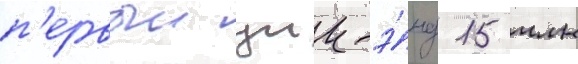
п'ервыи уик-э́нд 15 млн